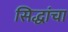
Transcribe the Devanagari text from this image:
सिद्धांचा